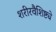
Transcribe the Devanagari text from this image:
शरीरवैशिष्ट्ये